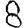
Digit: 8